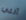
آلتي